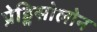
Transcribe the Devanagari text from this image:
प्रेड्निसोलोन